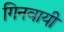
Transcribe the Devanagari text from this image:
गिनवायी